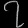
Digit: ၇